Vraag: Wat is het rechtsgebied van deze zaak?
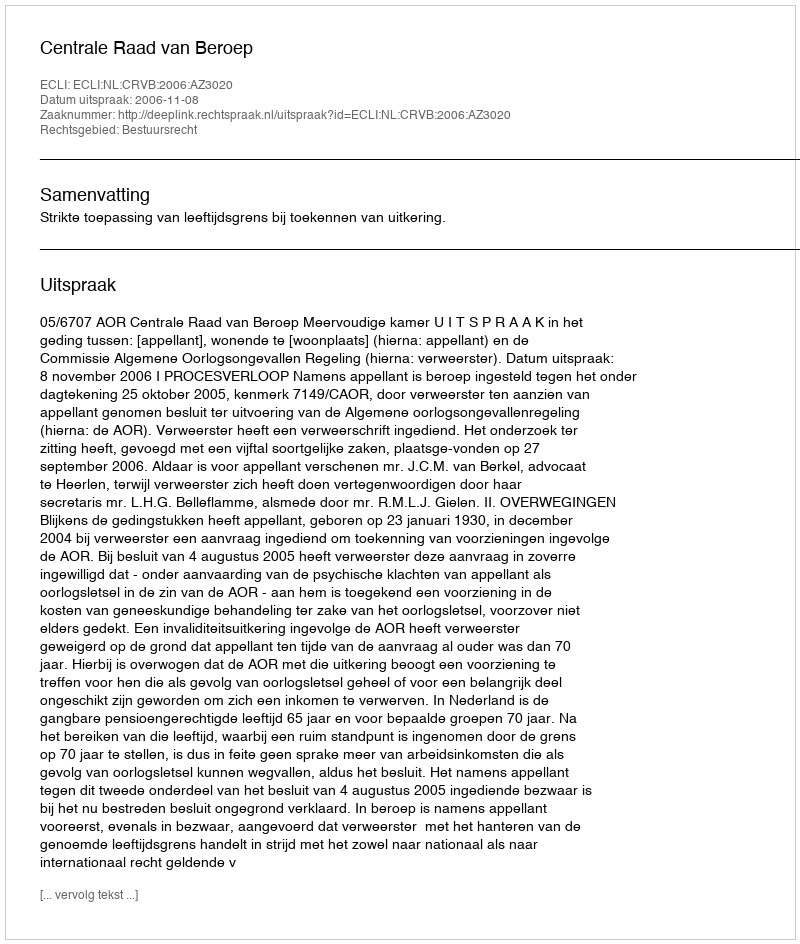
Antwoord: Bestuursrecht